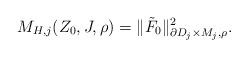
LaTeX: \begin{align*}M_{H,j}(Z_0,J,\rho)=\|\tilde F_0\|^2_{\partial D_j\times M_j,\rho}.\end{align*}